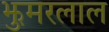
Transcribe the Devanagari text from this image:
झुमरलाल